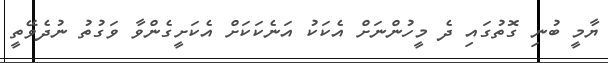
ޔާމީ ބުނި ގޮތުގައި ދެ މީހުންނަށް އެކަކު އަނެކަކަށް އެކަށީގެންވާ ވަގުތު ނުދެވޭތީ